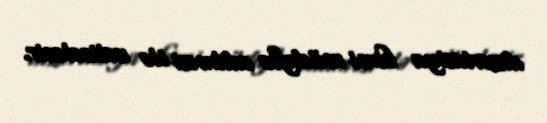
dissertasiya kimi müdafiə edilməsi ilə nəticələnir.